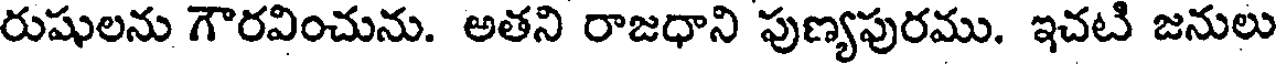
రుషులను గౌరవించును. అతని రాజధాని పుణ్యపురము. ఇచటి జనులు